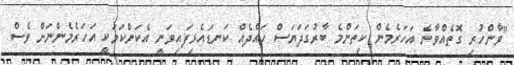
"ވާންހުރި ގޮތެއްވާނެ އަހަރެމެން ކިތަންމެ ބާރުގަދަޔަސް ހައްދެއް ކަނޑައެޅިފައިވަނީ އެކަންކަމަކީ އަހަރެމެންނަށް ވެސް